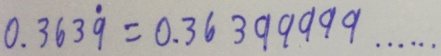
0 . 3 6 3 \dot { 9 } = 0 . 3 6 3 9 9 9 9 9 \cdots